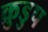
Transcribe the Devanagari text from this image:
क्रुडुप